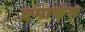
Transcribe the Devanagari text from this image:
एमार्फस